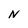
Character: N